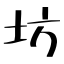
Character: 坊